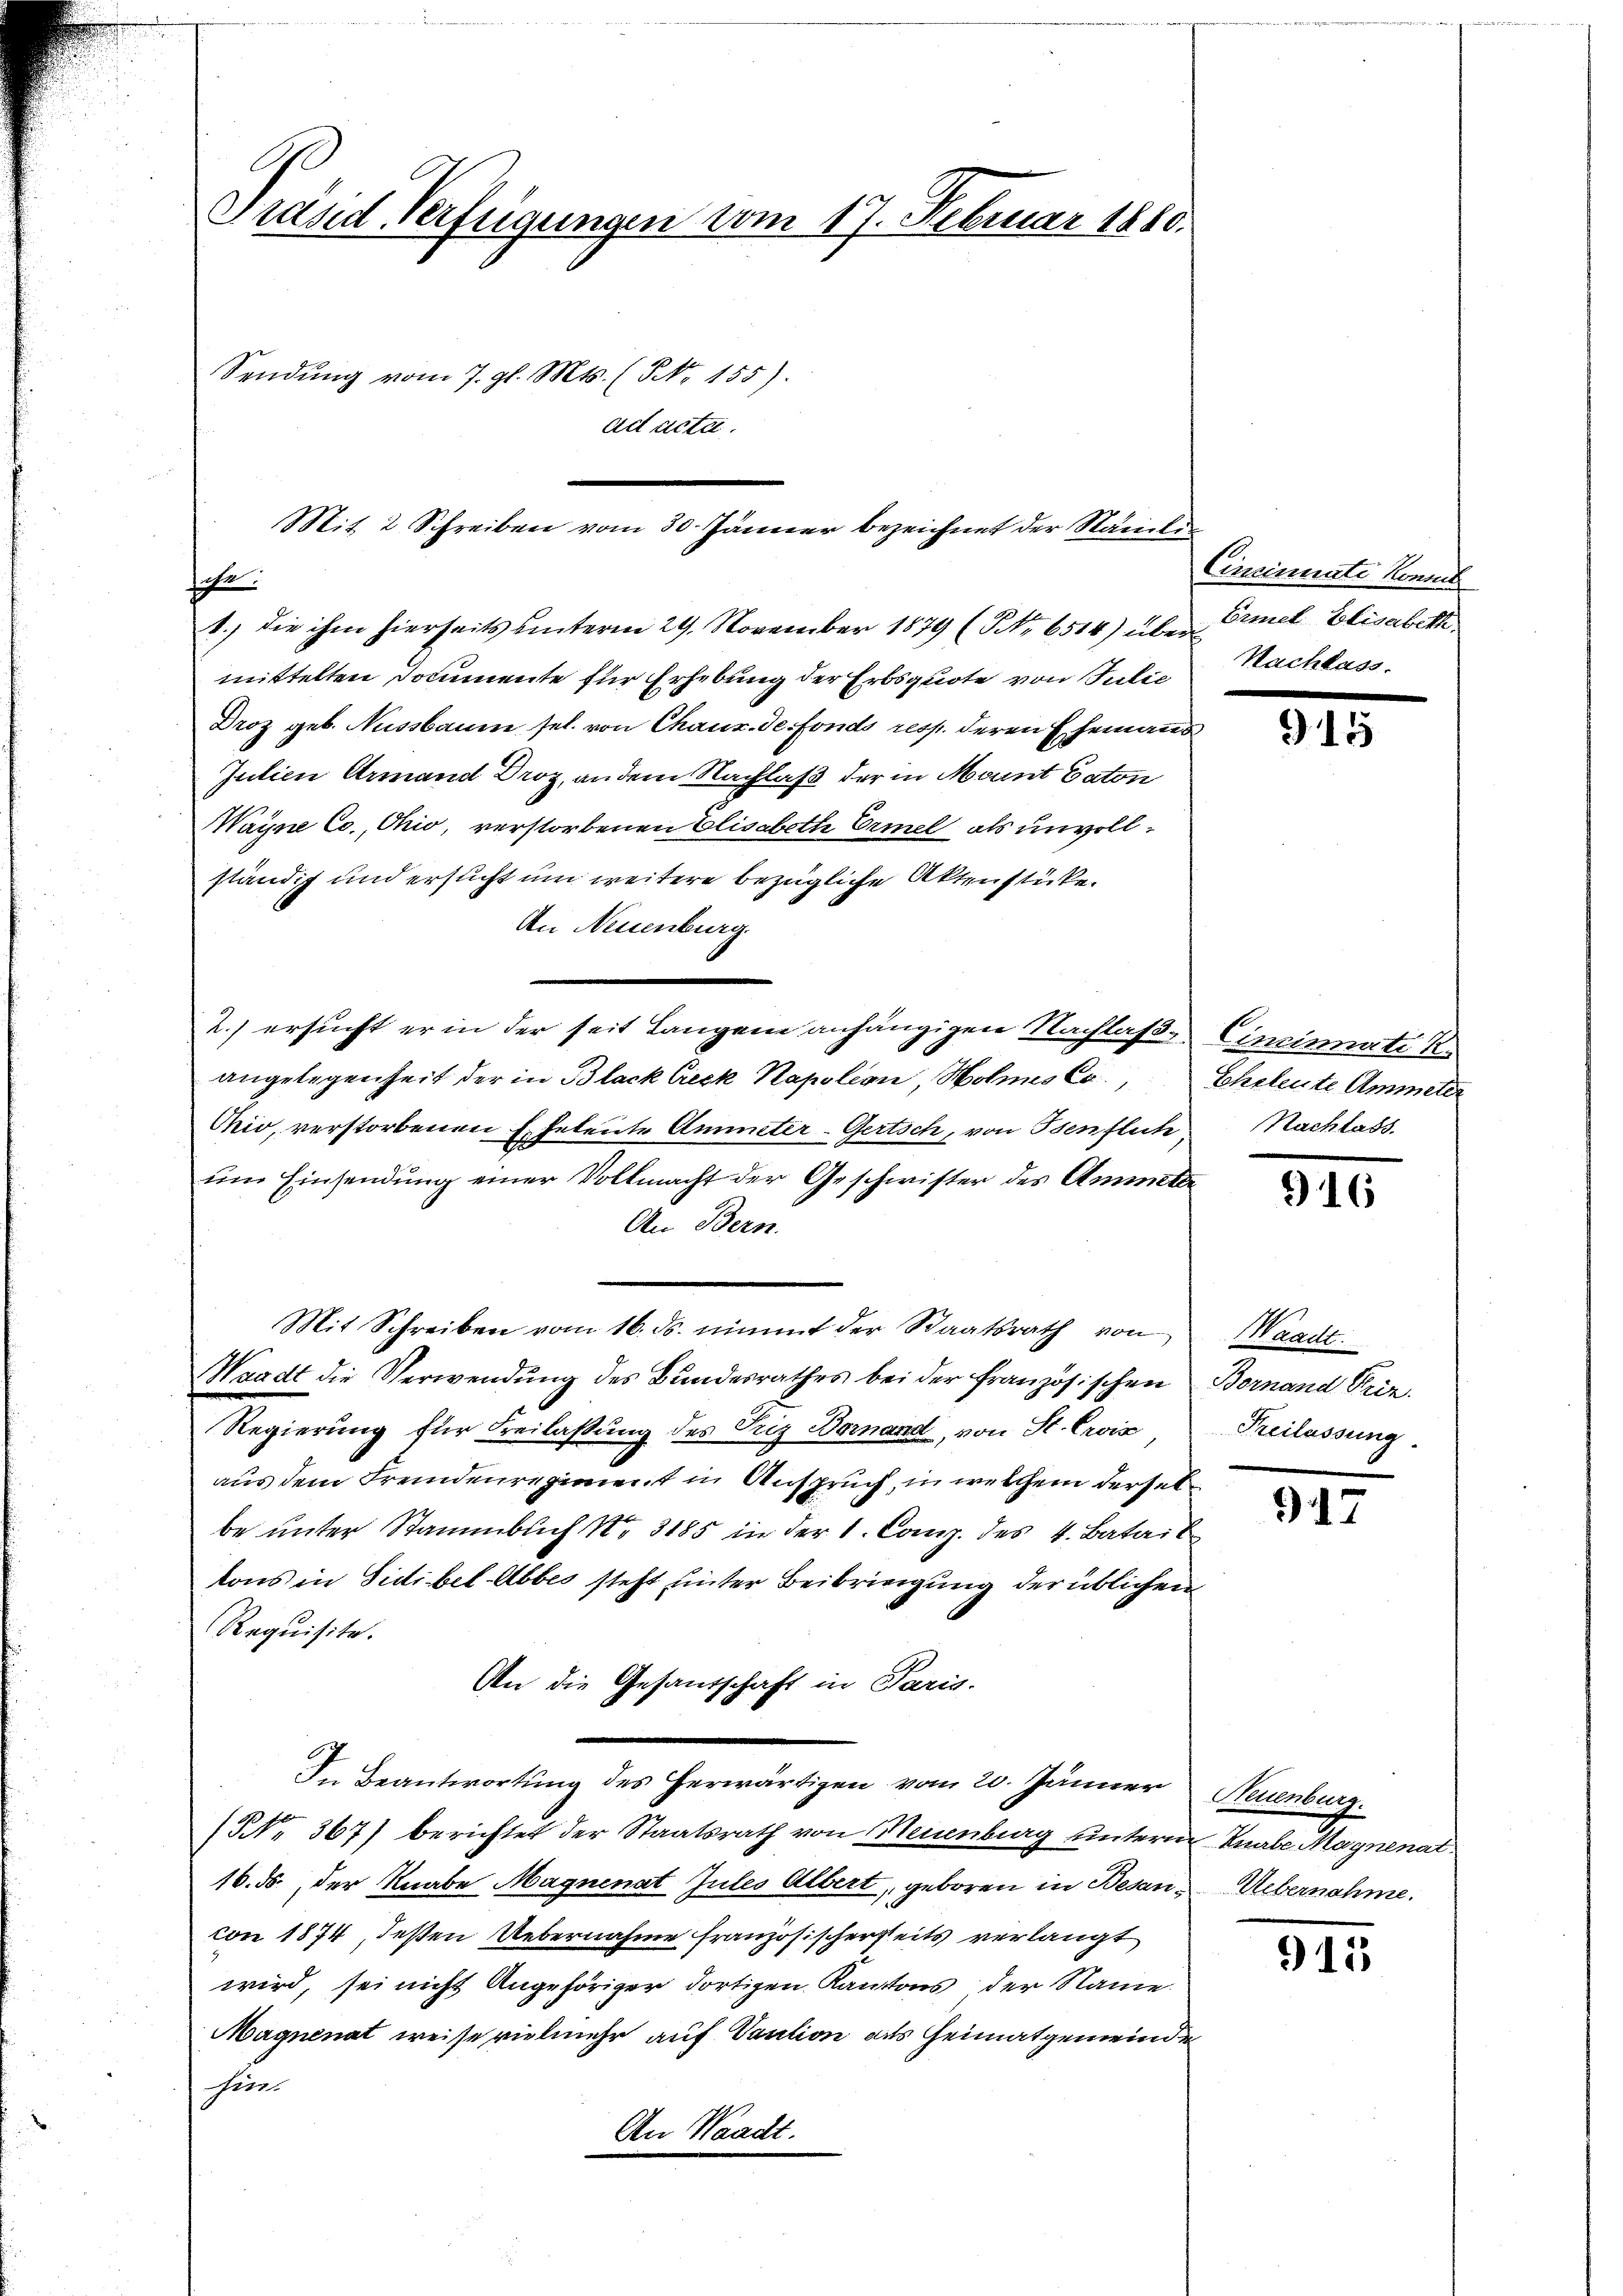
Grand Verfügungen vom 17. Februar 1860.
Sendung vom 7. gl. Mts. (NNo. 155).
ad acta.

sache.
1.) die ihm hierseits unterm 29. November 1879 (Nr. 6514) über
mittelten Dommente für Erhebung der Erbsquote von Julie
Droz geb. Nussbaum sel. von Chaux-de-Fonds resp. deren Ehemanns
Jutien Armand Droz, an dem Nachlaß der in Mannt Caton
Wayne Co., Ohio, verstorbenen Elisabeth Ermel, als unvollständig und ersucht um weitere bezügliche Aktenstücke.
An Neuenburg.
2.) ersucht er in der seit Langen anhängigen Nachlaßen Cincinati
angelegenheit der in Black Creck Napoleon, Wohnes C. Eheleute Ammeter
Pio, verstorbenen Eheleute Amieter-Gertsch, von Isenflich,
ŭm Einsendung einer Vollmacht der Geschwister des Ammets
An Bern.
Mit Schreiben vom 16. ds. nimmt der Staatsrath von
Waadt die Verwendung des Bundesrathes bei der französischen Bernand Prin
Regierung für Freilassung des Friz Bornand, von St. Crois
aus dem Fremdenregiment in Anspruch, in welchem derselbe unter Stammbuch No 3185 in der 1. Comp. des 4. Batail
kons in Sidibel Abbes steht unter Beibringung der üblichen
Requisite.
An die Gesandschaft in Paris.
In Beantwortung des herwärtigen vom 20. Jänner Neuenburg.
NNo. 367) berichtet der Staatsrath von Neuenburg unterm Knabe Magnenat
16. ds. der Knabe Magnenat Jules Albert, geboren in Besancon 1874, deßen Uebernahme französischerheits verlangt
wird, sei nicht Angehöriger dortigen Kantons der Name
Magnenat weise vielmehr auf Vaution als Heimatgemeinde
hin.
An Waadt.

Mit 2 Schreiben vom 30. Jänner bezeichnet der Samlin

Cincinuate konnt
Ermel Elisabeth
Nachlass.

915

Nachlass.

916

Waadt.
Keilassung.

917

Uebernahme.

911